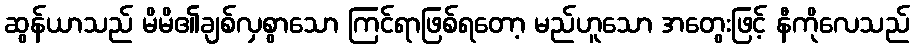
ဆွန်ယာသည် မိမိ၏ချစ်လှစွာသော ကြင်ရာဖြစ်ရတော့ မည်ဟူသော အတွေးဖြင့် နီကိုလေသည်